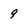
Character: 9